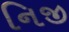
નિજી